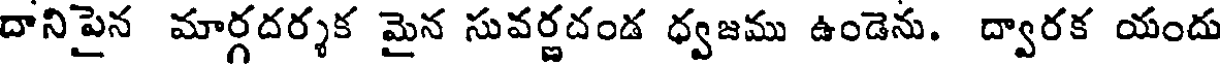
దానిపైన మార్గదర్శక మైన సువర్ణదండ ధ్వజము ఉండెను. ద్వారక యందు